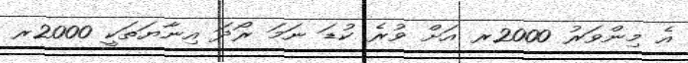
އެ މިންވަރު 2000ރ އަށް ވުރެ ކުޑަ ނަމަ ރޯދަ އިނާޔަތަކީ 2000ރ